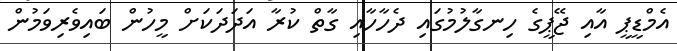
އެމްޑީޕީ އާއި ޖޭޕީގެ ހިނގާލުމުގައި ދެހާހާއި ގާތް ކުރާ އަދަދަކަށް މީހުން ބައިވެރިވަމުން